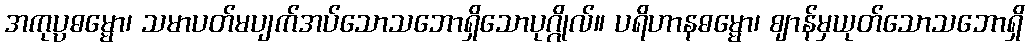
အကုပ္ပဓမ္မော၊ သမာပတ်မပျက်အပ်သောသဘောရှိသောပုဂ္ဂိုလ်။ ပရိဟာနဓမ္မော၊ ဈာန်မှယုတ်သောသဘောရှိ